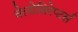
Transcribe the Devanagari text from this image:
वेलोसिरेप्‍टर्स